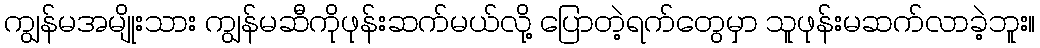
ကျွန်မအမျိုးသား ကျွန်မဆီကိုဖုန်းဆက်မယ်လို့ ပြောတဲ့ရက်တွေမှာ သူဖုန်းမဆက်လာခဲ့ဘူး။